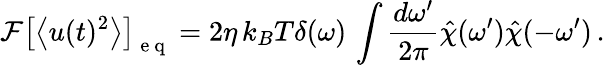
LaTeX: \mathcal{F}\left[\left<u(t)^{2}\right>\right]_{\mathrm{~e~q~}}=2\eta\, k_{B}T\delta(\omega)\, \int\frac{d\omega^{\prime}}{2\pi}\hat{\chi}(\omega^{\prime})\hat{\chi}(-\omega^{\prime})\, .